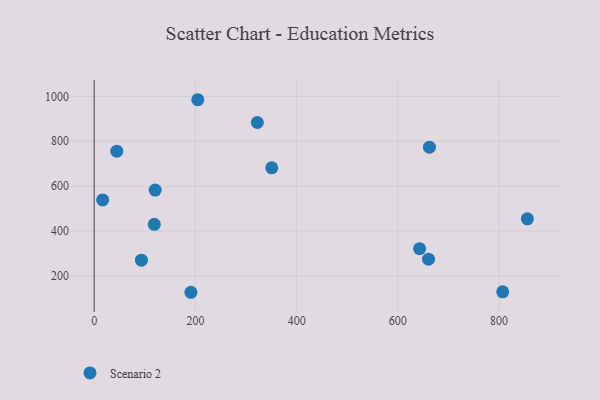
{"axis": {"x": "Study Hours", "y": "Yield"}, "legend": ["Scenario 2"], "data": [{"x": "118.8", "y": 429.9, "type": "Scenario 2"}, {"x": "855.9", "y": 454.3, "type": "Scenario 2"}, {"x": "660.6", "y": 274.6, "type": "Scenario 2"}, {"x": "662.4", "y": 773.8, "type": "Scenario 2"}, {"x": "350.9", "y": 681.8, "type": "Scenario 2"}, {"x": "807.2", "y": 129.1, "type": "Scenario 2"}, {"x": "204.7", "y": 985.3, "type": "Scenario 2"}, {"x": "93.4", "y": 269.8, "type": "Scenario 2"}, {"x": "16.7", "y": 538.5, "type": "Scenario 2"}, {"x": "191.1", "y": 126.9, "type": "Scenario 2"}, {"x": "44.7", "y": 755.9, "type": "Scenario 2"}, {"x": "322.4", "y": 883.7, "type": "Scenario 2"}, {"x": "643.0", "y": 321.4, "type": "Scenario 2"}, {"x": "120.6", "y": 582.5, "type": "Scenario 2"}]}